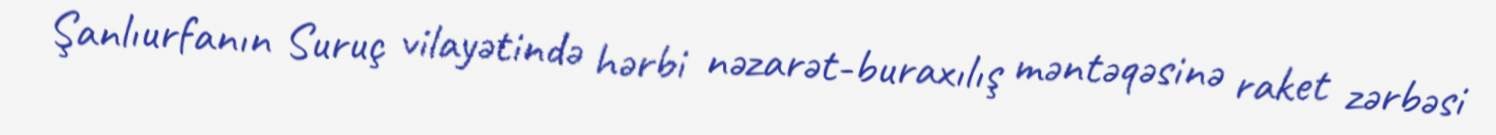
Şanlıurfanın Suruç vilayətində hərbi nəzarət-buraxılış məntəqəsinə raket zərbəsi